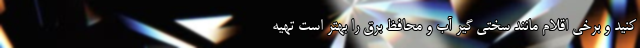
کنید و برخی اقلام مانند سختی گیر آب و محافظ برق را بهتر است تهیه